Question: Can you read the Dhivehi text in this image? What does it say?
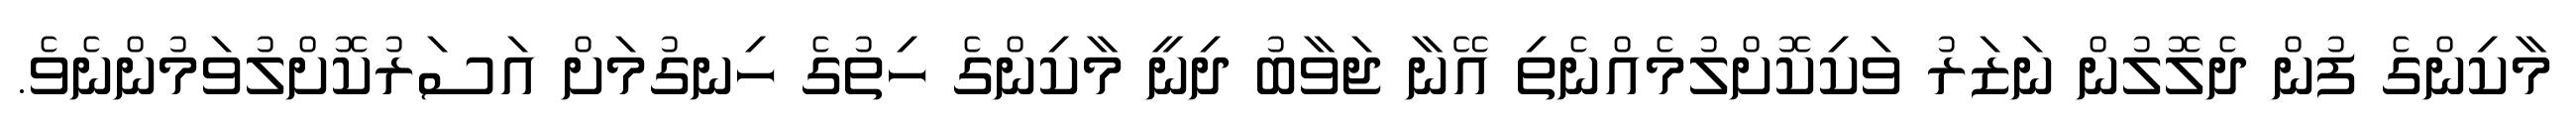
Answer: މާކިންގެ ފުން ދެލޮލުން ނަޒަރު ވަކިކޮށްލުމެއްނެތި އޭނާ ޖަވާބު ދިނީ މާކިންގެ ހިތުގެ ހިނގުމަށް އަސަރުކޮށްލުވަމުންނެވެ.